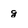
Character: g